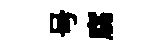
号腐